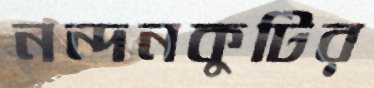
নন্দনকুটির